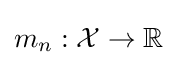
m_{n}:{\mathcal {X}}\rightarrow \mathbb {R}